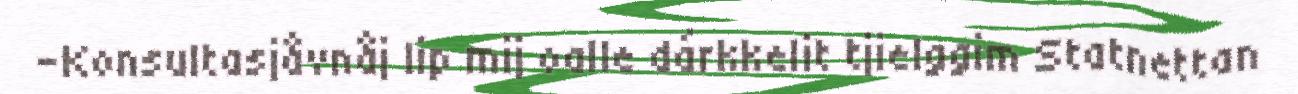
-Konsultasjåvnåj lip mij oalle dárkkelit tjielggim Statnettan